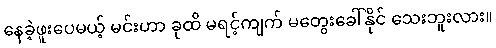
နေခဲ့ဖူးပေမယ့် မင်းဟာ ခုထိ မရင့်ကျက် မတွေးခေါ်နိုင် သေးဘူးလား။